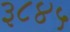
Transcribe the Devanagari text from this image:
३८४५